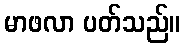
မာဖလာ ပတ်သည်။